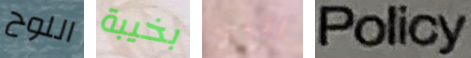
اللوح بخيبة البي Policy